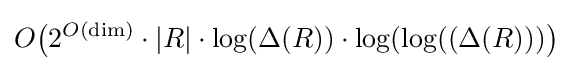
O{\big (}2^{O({\text{dim}})}\cdot |R|\cdot \log(\Delta (R))\cdot \log(\log((\Delta (R))){\big )}